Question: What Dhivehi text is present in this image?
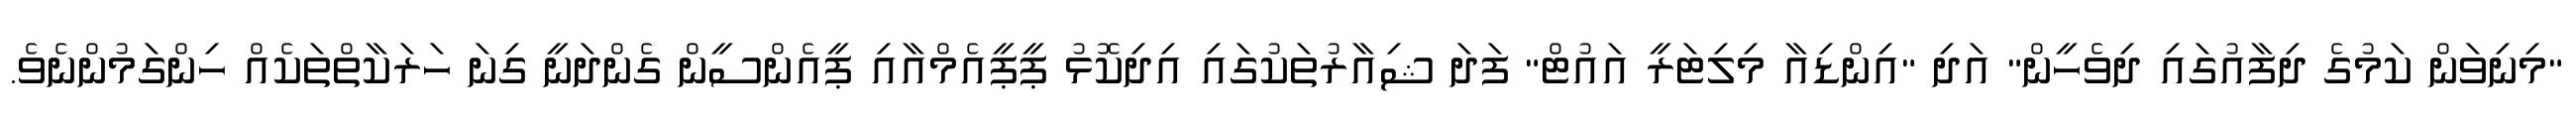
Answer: "މިނިވަން ކަމުގެ ދިފާއުގައި ދިވެހީން" އަދި "އިންޑިއާ މިލިޓަރީ އައުޓް" ފަދަ ޝިއާރުތަކުގައި އިދިކޮޅު ޕީޕީއެމްއާއި ޕީއެންސީން ގެންދަނީ ގިނަ ހަރަކާތްތަކެއް ހިންގަމުންނެވެ.